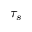
\tau _ { s }